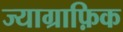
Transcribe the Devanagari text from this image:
ज्याग्राफ़िक